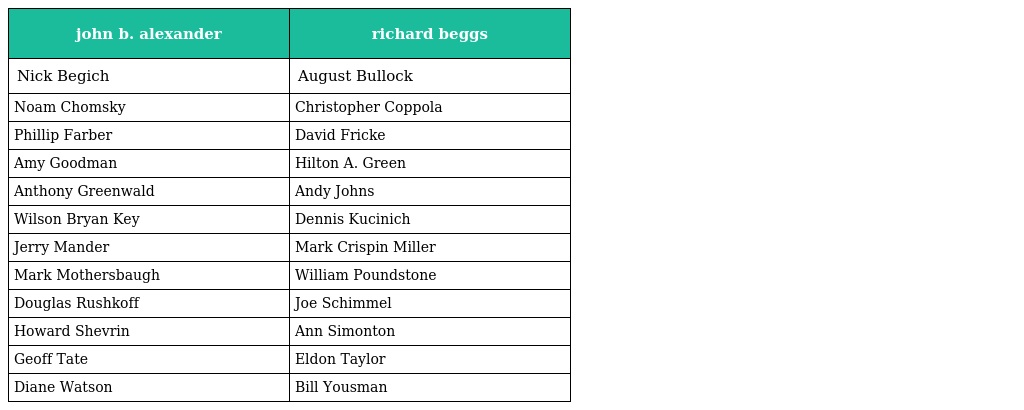
| john b. alexander | richard beggs |
 | --- | --- |
 | Nick Begich | August Bullock |
 | Noam Chomsky | Christopher Coppola |
 | Phillip Farber | David Fricke |
 | Amy Goodman | Hilton A. Green |
 | Anthony Greenwald | Andy Johns |
 | Wilson Bryan Key | Dennis Kucinich |
 | Jerry Mander | Mark Crispin Miller |
 | Mark Mothersbaugh | William Poundstone |
 | Douglas Rushkoff | Joe Schimmel |
 | Howard Shevrin | Ann Simonton |
 | Geoff Tate | Eldon Taylor |
 | Diane Watson | Bill Yousman |